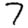
Digit: 7